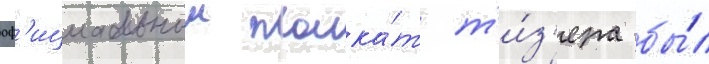
оф'ициальныи плака́т т'и́з'ера бы́л